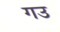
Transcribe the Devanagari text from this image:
गउ